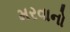
મરવાનો